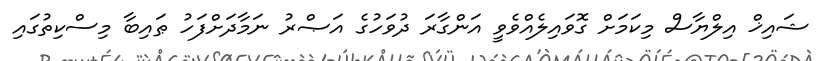
ޝައިޚް އިލްޔާސް މިކަމަށް ގޮވައިލެއްވެވީ އަންގާރަ ދުވަހުގެ އަޞްރު ނަމާދަށްފަހު ޠައިބާ މިސްކިތުގައި